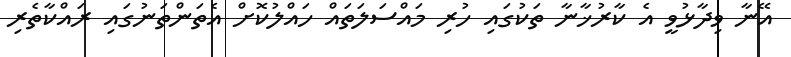
އޭނާ ވިދާޅުވީ އެ ކާރުޚާނާ ތަކުގައި ހުރި މައްސަލަތައް ހައްލުކޮށް އެތަންތަނުގައި ރައްކާތެރި